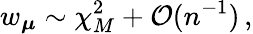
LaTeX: w_{\boldsymbol{\mu}}\sim\chi_{M}^{2}+\mathcal{O}(n^{-1})\, ,